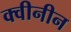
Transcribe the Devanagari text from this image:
क्वीनीन